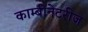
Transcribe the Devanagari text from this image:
काम्बीनेटरीज